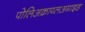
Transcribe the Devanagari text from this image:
पोलिअक्राय्लअमाइड